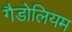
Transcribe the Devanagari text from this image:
गैडोलियम